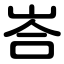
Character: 峇